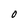
Character: O